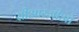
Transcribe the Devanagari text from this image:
सीआरजीओ